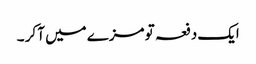
ایک دفعہ تو مزے میں آ کر ۔